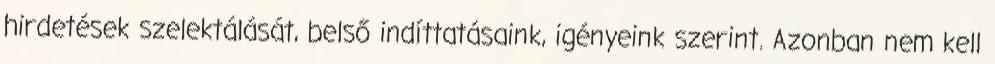
hirdetések szelektálását, belső indíttatásaink, igényeink szerint. Azonban nem kell